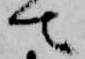
去